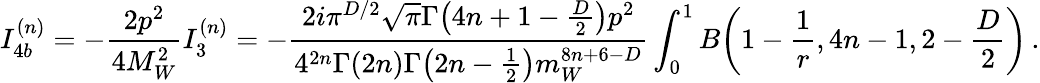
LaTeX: I_{4b}^{(n)}=-\frac{2p^{2}}{4M_{W}^{2}}I_{3}^{(n)}=-\frac{2i\pi^{D/2}\sqrt{\pi}\Gamma\big(4n+1-\frac{D}{2}\big)p^{2}}{4^{2n}\Gamma(2n)\Gamma\big(2n-\frac{1}{2}\big)m_{W}^{8n+6-D}}\int_{0}^{1}B\bigg(1-\frac{1}{r},4n-1,2-\frac{D}{2}\bigg)\, .